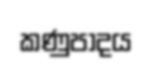
කණුපාදය